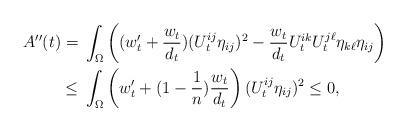
LaTeX: \begin{align*}A''(t) = {} & \int_{\Omega} \left( (w_t' + \frac{w_t}{d_t}) (U_t^{ij}\eta_{ij})^2 - \frac{w_t}{d_t} U_t^{ik} U_t^{j\ell} \eta_{k\ell} \eta_{ij} \right) \\\le {} & \int_{\Omega} \left( w_t' + (1-\frac{1}{n} ) \frac{w_t}{d_t} \right) (U_t^{ij}\eta_{ij})^2 \le 0,\end{align*}